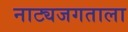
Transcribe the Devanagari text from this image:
नाट्यजगताला